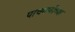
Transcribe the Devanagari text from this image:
पाचगणीच्या